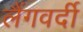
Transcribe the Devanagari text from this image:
लैंगवर्दी